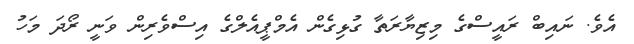
އެވެ. ނައިބް ރައީސްގެ މިޒިޔާރަތާ ގުޅިގެން އެމްޕީއެލްގެ އިސްވެރިން ވަނީ ރޯދަ މަހު